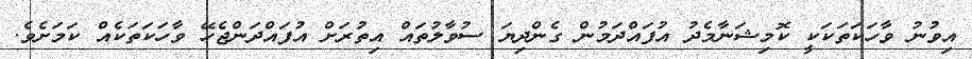
އިވުނު ވާހަކަތަކަކީ ކޮމިޝަނާމެދު އުފައްދަމުން ގެންދިޔަ ސުވާލުތައް އިތުރަށް އުފައްދަންޖެހޭ ވާހަކަތަކެއް ކަމަށެވެ.